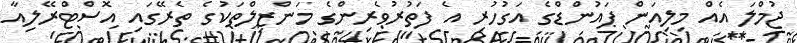
ޖުމްލަ އެއް މިލިއަން ޕައުންޑްގެ އަގުހުރި އެ ފަތުރުވެރިންގެ މަންޒިލްތަކުގެ ތެރޭގައި އޮސްޓްރޭލިއާ